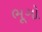
ભૂગો